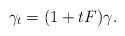
LaTeX: \begin{align*} \gamma_t = (1 + t F) \gamma.\end{align*}